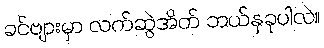
ခင်ဗျားမှာ လက်ဆွဲအိတ် ဘယ်နှခုပါလဲ။